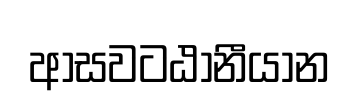
ආසවටඨානීයාන